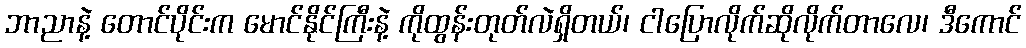
ဘာညာနဲ့ တောင်ပိုင်းက မောင်နိုင်ကြီးနဲ့ ကိုထွန်းတုတ်လဲရှိတယ်၊ ငါပြောလိုက်ဆိုလိုက်တာလေ၊ ဒီကောင်